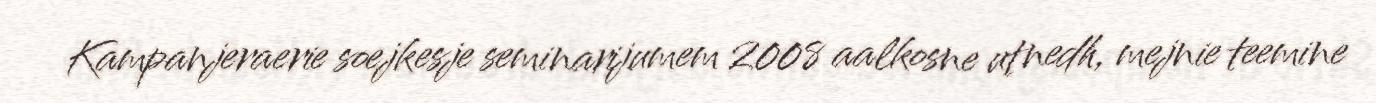
Kampanjeraerie soejkesje seminarijumem 2008 aalkosne utnedh, mejnie teemine